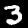
Label: 3